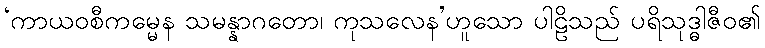
‘ကာယဝစီကမ္မေန သမန္နာဂတော၊ ကုသလေန’ဟူသော ပါဠိသည် ပရိသုဒ္ဓါဇီဝ၏